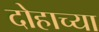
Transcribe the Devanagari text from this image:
दोहाच्या